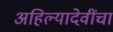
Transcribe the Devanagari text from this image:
अहिल्यादेवींचा